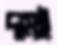
দামই